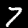
Label: 7